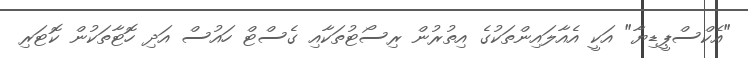
"އެކްސްޕީޑިޔާ" އަކީ އެއާލައިންތަކުގެ އިތުރުން ރިސޯޓުތަކާއި ގެސްޓް ހައުސް އަދި ހޮޓާތަކުން ކޮޓަރި